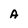
Character: A